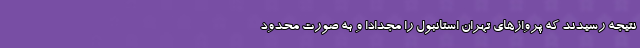
نتیجه رسیدند که پروازهای تهران استانبول را مجدادا و به صورت محدود